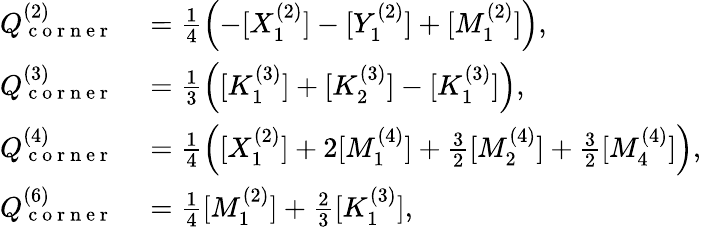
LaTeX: \begin{array}{rl}{Q_{\mathrm{~c~o~r~n~e~r~}}^{(2)}}&{{}=\frac{1}{4}\left(-[X_{1}^{(2)}]-[Y_{1}^{(2)}]+[M_{1}^{(2)}]\right),}\\ {Q_{\mathrm{~c~o~r~n~e~r~}}^{(3)}}&{{}=\frac{1}{3}\left([K_{1}^{(3)}]+[K_{2}^{(3)}]-[K_{1}^{(3)}]\right),}\\ {Q_{\mathrm{~c~o~r~n~e~r~}}^{(4)}}&{{}=\frac{1}{4}\left([X_{1}^{(2)}]+2[M_{1}^{(4)}]+\frac{3}{2}[M_{2}^{(4)}]+\frac{3}{2}[M_{4}^{(4)}]\right),}\\ {Q_{\mathrm{~c~o~r~n~e~r~}}^{(6)}}&{{}=\frac{1}{4}[M_{1}^{(2)}]+\frac{2}{3}[K_{1}^{(3)}],}\end{array}